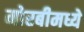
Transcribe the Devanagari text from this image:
मोरबीमध्ये